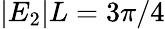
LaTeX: |E_{2}|L=3\pi/4